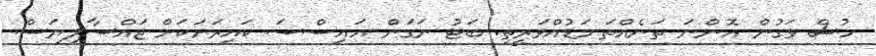
ހުސް ވަގުން އޮންނަ ތަނެއްތަ މަޑުއްވަރީތި. ބަޓު ނަގަން އައިސްސަ ކައިރަށަކަށް ޖައްސާލިޔަސް